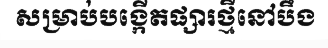
សម្រាប់បង្កើតផ្សារថ្មីនៅបឹង